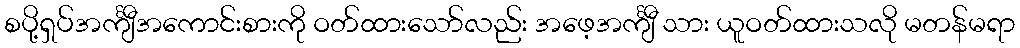
စပို့ရှပ်အင်္ကျီအကောင်းစားကို ဝတ်ထားသော်လည်း အဖေ့အင်္ကျီ သား ယူဝတ်ထားသလို မတန်မရာ